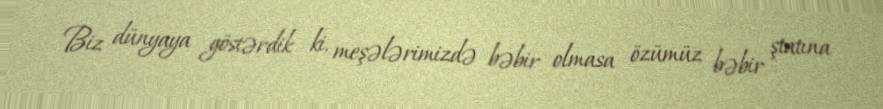
Biz dünyaya göstərdik ki, meşələrimizdə bəbir olmasa özümüz bəbir ştatına